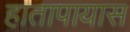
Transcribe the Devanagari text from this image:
हातापायास